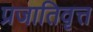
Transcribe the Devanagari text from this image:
प्रजातिवृत्त